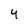
Character: 4